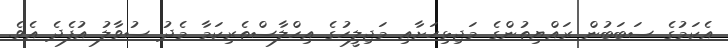
އެކަމުގެ ސަބަބުން ރައްޔިތުންގެ މަޖިޅިހަށާއި މަޖިލީހުގެ އިހްލާސްތެރިކަމާ މެދު ސުވާލު އުފެދެ އެވެ.